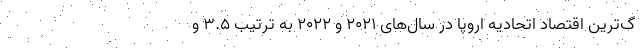
گ‌ترین اقتصاد اتحادیه اروپا در سال‌های ۲۰۲۱ و ۲۰۲۲ به ترتیب ۳.۵ و